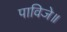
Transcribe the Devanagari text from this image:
पाविजे॥